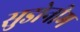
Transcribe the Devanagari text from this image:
सुडोनीम